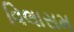
વિલાસમ